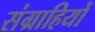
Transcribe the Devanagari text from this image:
संग्राहियों